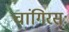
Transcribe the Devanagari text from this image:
चांगिरसः